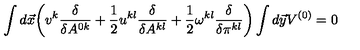
\int d \vec { x } \biggl ( v ^ { k } \frac { \delta } { \delta A ^ { 0 k } } + \frac { 1 } { 2 } u ^ { k l } \frac { \delta } { \delta A ^ { k l } } + \frac { 1 } { 2 } \omega ^ { k l } \frac { \delta } { \delta \pi ^ { k l } } \biggr ) \int d \vec { y } V ^ { ( 0 ) } = 0